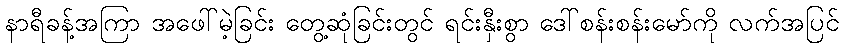
နာရီခန့်အကြာ အဖေါ်မဲ့ခြင်း တွေ့ဆုံခြင်းတွင် ရင်းနှီးစွာ ဒေါ်စန်းစန်းမော်ကို လက်အပြင်